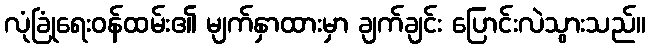
လုံခြုံရေးဝန်ထမ်း၏ မျက်နှာထားမှာ ချက်ချင်း ပြောင်းလဲသွားသည်။